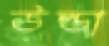
উল্ডা